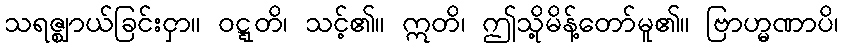
သရဇ္ဈာယ်ခြင်းငှာ။ ဝဋ္ဋတိ၊ သင့်၏။ ဣတိ၊ ဤသို့မိန့်တော်မူ၏။ ဗြာဟ္မဏာပိ၊